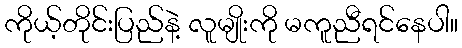
ကိုယ့်တိုင်းပြည်နဲ့ လူမျိုးကို မကူညီရင်နေပါ။